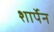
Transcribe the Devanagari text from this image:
शार्पेन